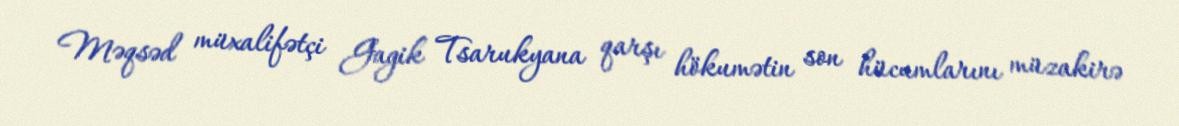
Məqsəd müxalifətçi Gagik Tsarukyana qarşı hökumətin son hücumlarını müzakirə